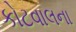
કોટવાલના